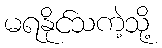
မရနိုင်သကဲ့သို့